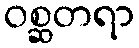
ဝစ္ဆတရာ